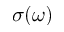
\sigma ( \omega )